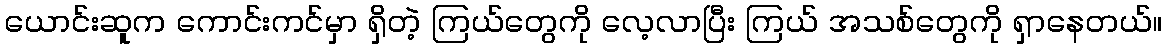
ယောင်းဆူက ကောင်းကင်မှာ ရှိတဲ့ ကြယ်တွေကို လေ့လာပြီး ကြယ် အသစ်တွေကို ရှာနေတယ်။